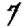
Digit: 7